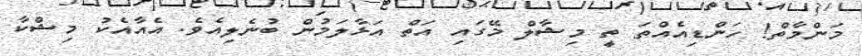
މަންމާތް! ހަންޑިއެއްތަ ތީ މިޝާލް މޭގައި އަތް އަޅާލަމުން ބުނެލިއެވެ. އެއާއެކު މިޝްކާ